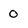
Character: 0